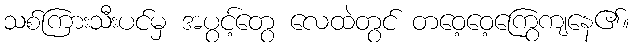
သစ်ကြားသီးပင်မှ အပွင့်တွေ လေထဲတွင် တဝေ့ဝေ့ကြွေကျနေ၏။